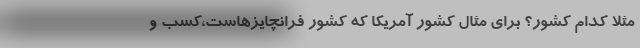
مثلا کدام کشور؟ برای مثال کشور آمریکا که کشور فرانچایز‌هاست،کسب و